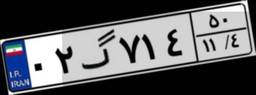
۸۴گ۵۹۲۳۶